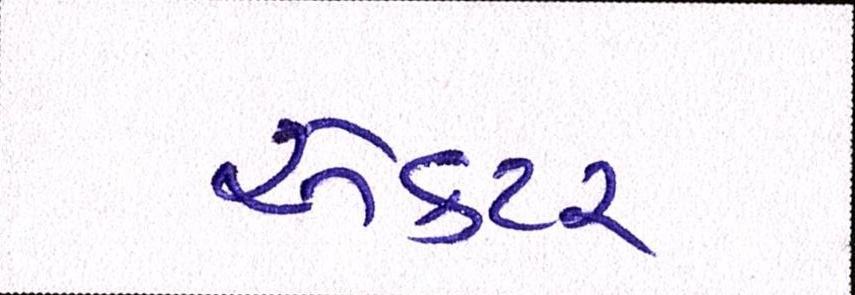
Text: ઍક્ટર